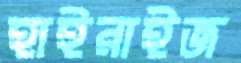
হাইরাইজ